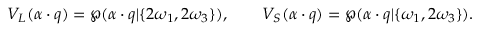
V _ { L } ( \alpha \cdot q ) = \wp ( \alpha \cdot q | \{ 2 \omega _ { 1 } , 2 \omega _ { 3 } \} ) , \qquad V _ { S } ( \alpha \cdot q ) = \wp ( \alpha \cdot q | \{ \omega _ { 1 } , 2 \omega _ { 3 } \} ) .